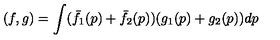
( f , g ) = \int ( \bar { f } _ { 1 } ( p ) + \bar { f } _ { 2 } ( p ) ) ( g _ { 1 } ( p ) + g _ { 2 } ( p ) ) d p